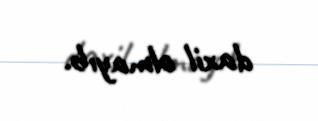
daxil olmayıb.